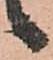
候